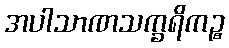
အပါသာဏသက္ခရိကဉ္စ